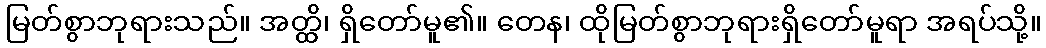
မြတ်စွာဘုရားသည်။ အတ္ထိ၊ ရှိတော်မူ၏။ တေန၊ ထိုမြတ်စွာဘုရားရှိတော်မူရာ အရပ်သို့။